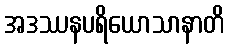
အဒဿနပရိယောသာနာတိ